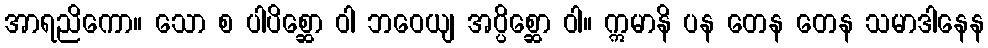
အာရညိကော။ သော စ ပါပိစ္ဆော ဝါ ဘဝေယျ အပ္ပိစ္ဆော ဝါ။ ဣမာနိ ပန တေန တေန သမာဒါနေန